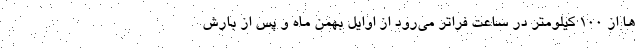
ها از 100 کیلومتر در ساعت فراتر می‌رود از اوایل بهمن ماه و پس از بارش